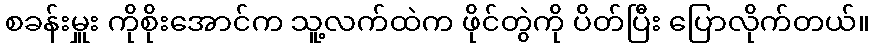
စခန်းမှူး ကိုစိုးအောင်က သူ့လက်ထဲက ဖိုင်တွဲကို ပိတ်ပြီး ပြောလိုက်တယ်။